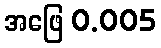
အဖြေ 0.005